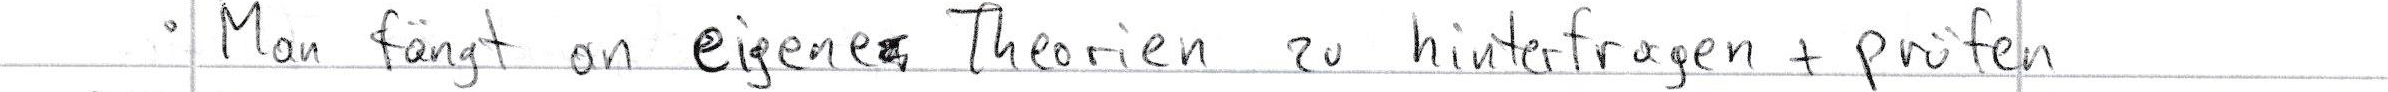
- Man fängt an eigene Theorien zu hinterfragen + prüfen